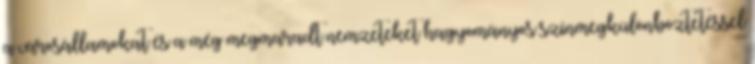
a városállamokat és a még megmaradt nemzeteket hagyományos színmegkülönböztetéssel